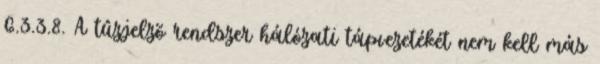
6.3.3.8. A tûzjelzõ rendszer hálózati tápvezetékét nem kell más